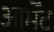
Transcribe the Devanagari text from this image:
आर्मेंट